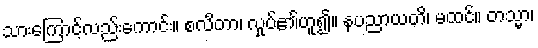
သားကြောင့်လည်းကောင်း။ စလိတာ၊ လှုပ်၏ဟူ၍။ နပညာယတိ၊ မထင်။ တသ္မာ၊